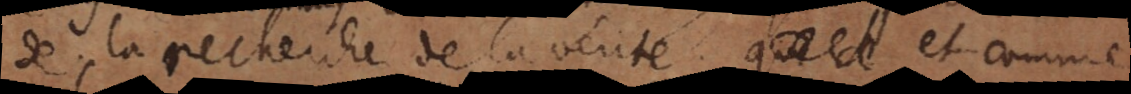
de la recherche de la verité; et comme